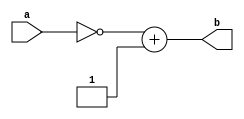
module qtwosComp(
    input [N-2:0] a,
    output [2*N-1:0] b
    );
	reg [2*N-1:0] data;
	reg [2*N-1:0] flip;
	reg [2*N-1:0] out;
	
	//Parameterized values
	parameter Q = 15;
	parameter N = 32;
	
	assign b = out;
	
	always @(a)
	begin
		data <= a;		//if you dont put the value into a 64b register, when you flip the bits it wont work right
	end
	
	always @(data)
	begin
		flip <= ~a;
	end
	
	always @(flip)
	begin
		out <= flip + 1;
	end

endmodule